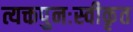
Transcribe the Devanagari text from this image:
त्यक्तपुनःस्वीकृत